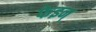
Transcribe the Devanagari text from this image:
फेइन्